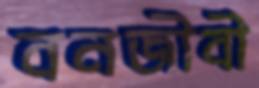
বনজীবী